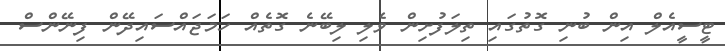
ޓީސީއެލް އިން ބުނި ގޮތުގައި ތިލަފުށިން ވެލި ލިބޭނެ ގޮތެއް ހަމަޖައްސައިދޭން ފިނޭންސް